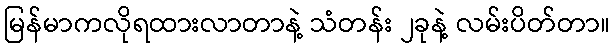
မြန်မာကလိုရထားလာတာနဲ့ သံတန်း ၂ခုနဲ့ လမ်းပိတ်တာ။